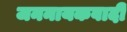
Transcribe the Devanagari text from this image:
जननायकवादी